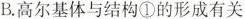
B.高尔基体与结构①的形成有关